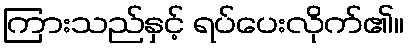
ကြားသည်နှင့် ရပ်ပေးလိုက်၏။